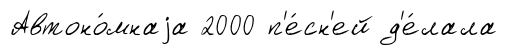
Автоно́мнаjа 2000 п'е́сн'ей д'е́лала